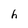
Character: h